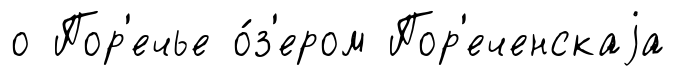
о Пор'ечье о́з'ером Пор'еченскаjа